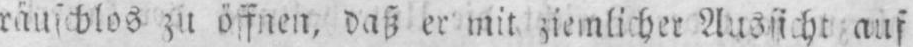
auf